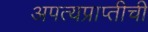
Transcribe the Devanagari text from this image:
अपत्यप्राप्तीची